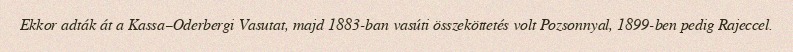
Ekkor adták át a Kassa–Oderbergi Vasutat, majd 1883-ban vasúti összeköttetés volt Pozsonnyal, 1899-ben pedig Rajeccel.